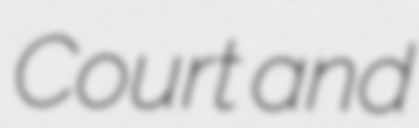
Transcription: Court and